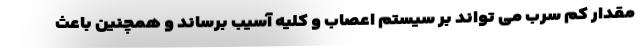
مقدار کم سرب می تواند بر سیستم اعصاب و کلیه آسیب برساند و همچنین باعث